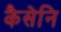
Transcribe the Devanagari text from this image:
कैसेनि